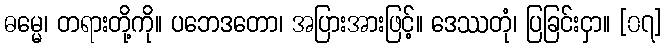
ဓမ္မေ၊ တရားတို့ကို။ ပဘေဒတော၊ အပြားအားဖြင့်။ ဒေဿတုံ၊ ပြခြင်းငှာ။ [၀၇]